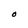
Character: O